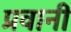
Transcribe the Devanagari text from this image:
प्रवानी